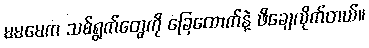
မမမေက သစ်ရွက်တွေကို ခြေထောက်နဲ့ ဖိချေလိုက်တယ်။